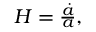
\begin{array} { r } { H = \frac { \dot { a } } { a } , } \end{array}